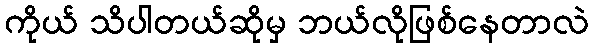
ကိုယ် သိပါတယ်ဆိုမှ ဘယ်လိုဖြစ်နေတာလဲ